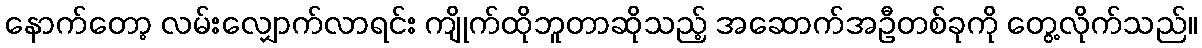
နောက်တော့ လမ်းလျှောက်လာရင်း ကျိုက်ထိုဘူတာဆိုသည့် အဆောက်အဦတစ်ခုကို တွေ့လိုက်သည်။